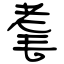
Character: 耄